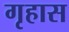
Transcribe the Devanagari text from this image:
गृहास